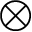
\otimes